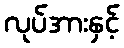
လုပ်အားနှင့်